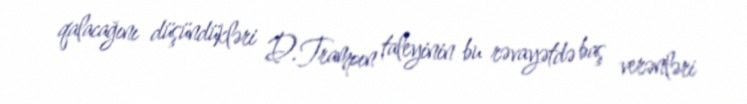
qalacağını düşündükləri D.Trampın taleyinin bu rəvayətdə baş verənləri